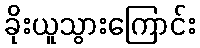
ခိုးယူသွားကြောင်း